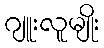
ဂျူးလူမျိုး